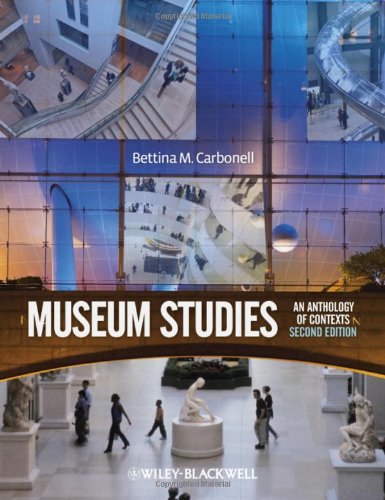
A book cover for Museum Studies: An Anthology of Contexts; Business & Money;